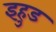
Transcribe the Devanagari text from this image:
इहुड